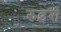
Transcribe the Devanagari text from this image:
रुइश